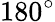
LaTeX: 180^{\circ}